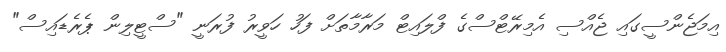
އިމަޖެންސީގައި ޖެއްސި އެމިރޭޓްސްގެ ފްލައިޓް މަރާމާތަށް ފަހު ހަވީރު ފުރަނީ "ސްޓީލިން ޕެރެޑައިސް"